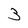
Character: 3